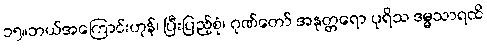
၁၅။ဘယ်အကြောင်းဟုန်၊ ပြီးပြည့်စုံ၊ ဂုဏ်တော် အနုတ္တရော ပုရိသ ဒမ္မသာရထိ